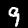
Digit: 9